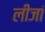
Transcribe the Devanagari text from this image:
लीजां